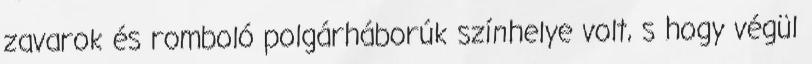
zavarok és romboló polgárháborúk színhelye volt, s hogy végül